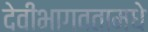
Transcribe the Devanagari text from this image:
देवीभागवतामधे